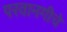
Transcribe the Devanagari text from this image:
परवानगीचे